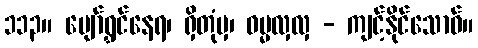
၁၁၃။ ပျော်ရွှင်နေရ၊ ရှိတုံမှ၊ ဓမ္မလှလှ - ကျင့်နိုင်သောဝ်။